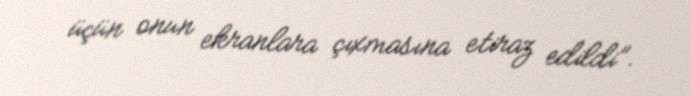
üçün onun ekranlara çıxmasına etiraz edildi”.